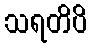
သရတိပိ